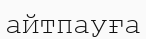
айтпауға